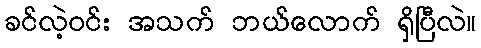
ခင်လဲ့ဝင်း အသက် ဘယ်လောက် ရှိပြီလဲ။